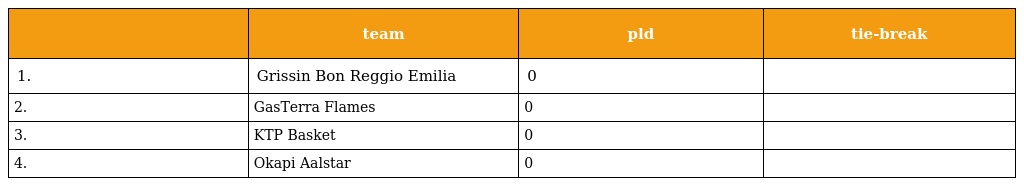
|  | team | pld | tie-break |
 | --- | --- | --- | --- |
 | 1. | Grissin Bon Reggio Emilia | 0 |  |
 | 2. | GasTerra Flames | 0 |  |
 | 3. | KTP Basket | 0 |  |
 | 4. | Okapi Aalstar | 0 |  |